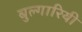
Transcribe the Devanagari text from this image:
बुल्गारियी